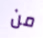
من